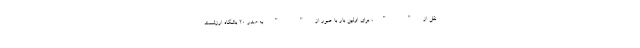
نقل از " "، برای اولین بار با عبور از " " به صدر 20 باشگاه ارزشمند